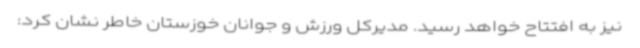
نیز به افتتاح خواهد رسید. مدیرکل ورزش و جوانان خوزستان خاطر نشان کرد: